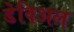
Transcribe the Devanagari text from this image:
डेविअल